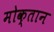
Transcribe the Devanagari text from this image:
मोक्तान